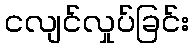
ငလျင်လှုပ်ခြင်း